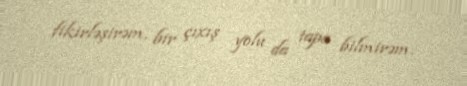
fikirləşirəm, bir çıxış yolu da tapa bilmirəm.